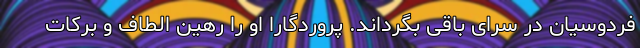
فردوسیان در سرای باقی بگرداند. پروردگارا او را رهین الطاف و برکات